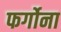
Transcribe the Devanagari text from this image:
फर्गोना